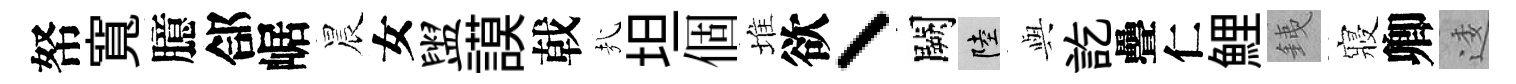
帑寬臆郃崌晨女盥謨戟㢤坦個堆欲丶闕陸𫤰訖疊仁鯉銕寢卿逶